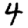
Digit: 4